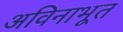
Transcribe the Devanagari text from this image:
अविनाभूत